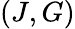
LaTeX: (J,G)